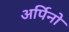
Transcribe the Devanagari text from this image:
अर्पिनो